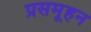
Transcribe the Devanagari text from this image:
प्रसमूहन